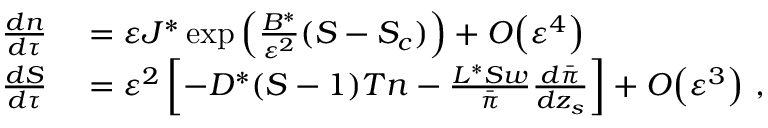
\begin{array} { r l } { { \frac { d n } { d \tau } } } & { { } = { \varepsilon } J ^ { * } \exp \left( \frac { B ^ { * } } { { \varepsilon } ^ { 2 } } ( S - S _ { c } ) \right) + { O } \! \left( { \varepsilon } ^ { 4 } \right) } \\ { { \frac { d S } { d \tau } } } & { { } = { \varepsilon } ^ { 2 } \left[ - D ^ { * } ( S - 1 ) T n - \frac { L ^ { * } S w } { \bar { \pi } } { \frac { d \bar { \pi } } { d z _ { s } } } \right] + { O } \! \left( { \varepsilon } ^ { 3 } \right) \, , } \end{array}